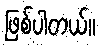
ဖြစ်ပါတယ်။